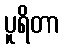
ပူရိတာ